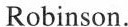
Robinson.